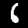
Label: 6